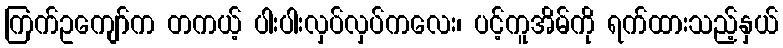
ကြက်ဥကျော်က တကယ့် ပါးပါးလှပ်လှပ်ကလေး၊ ပင့်ကူအိမ်ကို ရက်ထားသည့်နှယ်